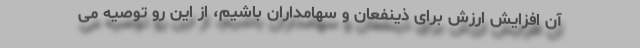
آن افزایش ارزش برای ذینفعان و سهامداران باشیم، از این رو توصیه می